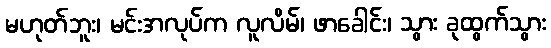
မဟုတ်ဘူး၊ မင်းအလုပ်က လူလိမ်၊ ဖာခေါင်း၊ သွား ခုထွက်သွား